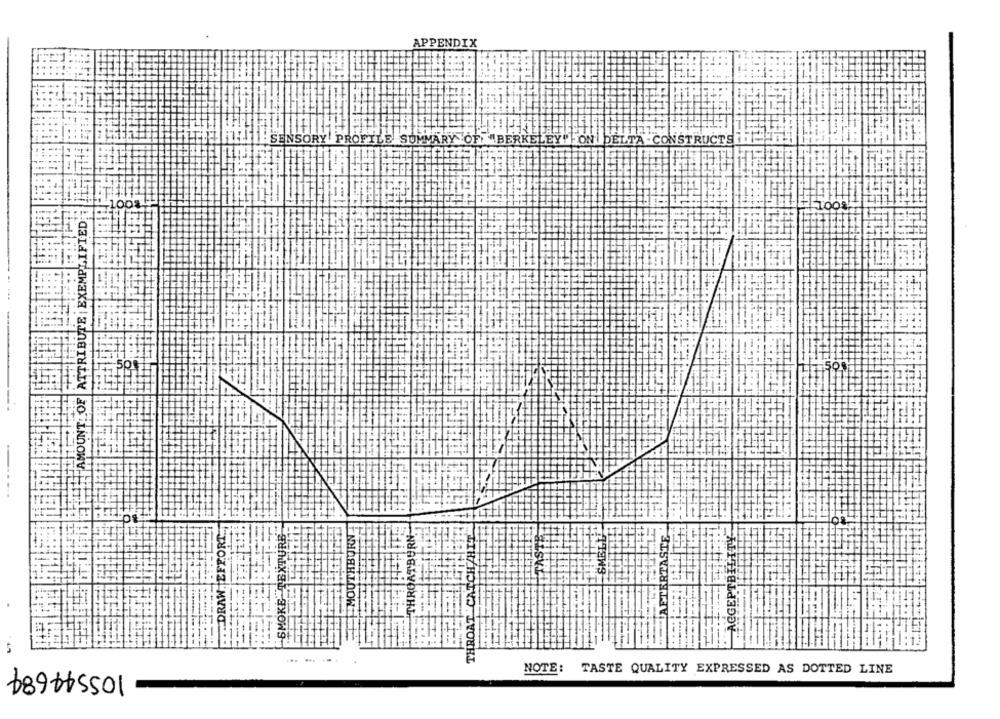
APPENDIX
ROF
ABERK
LTA - CONSTRUCT
LODS
ATTRIBUTE | EXEMPLIFIED
AMOUNT: OF
TASTE
ITHBURN
SMELL
ASTE
DATB
SMOKE TEX
CATCH
ACGEPT
THROA
NOTE: TASTE QUALITY EXPRESSED AS DOTTED LINE
689715501